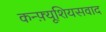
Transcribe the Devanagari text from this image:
कन्फ़्यूशियसवाद